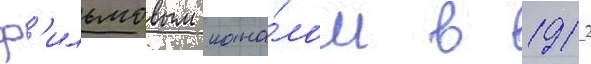
ф'ильмовым кана́лом в 1912